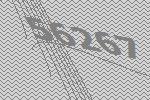
56267